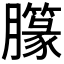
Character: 𱼣